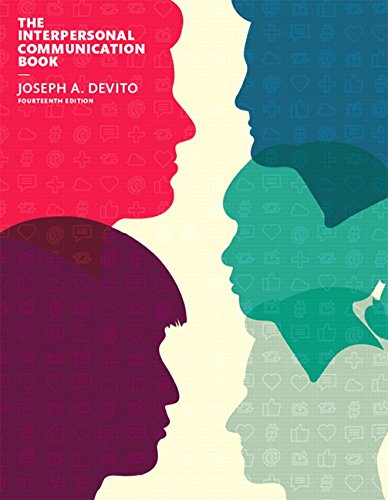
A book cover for The Interpersonal Communication Book (14th Edition); Joseph A. DeVito; Humor & Entertainment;